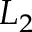
L _ { 2 }